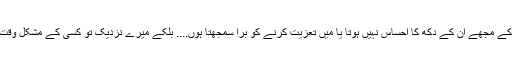
لیکن میں کسی سے تعزیت نہیں کر پاتا. ایسا نہیں ہے کے مجھے ان کے دکھ کا احساس نہیں ہوتا یا میں تعزیت کرنے کو برا سمجھتا ہوں.... بلکے میرے نزدیک تو کسی کے مشکل وقت میں اس سے تعزیت کرنا ایک خوبصورت نیکی ہے !